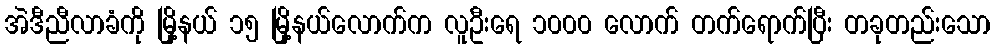
အဲဒီညီလာခံကို မြို့နယ် ၁၅ မြို့နယ်လောက်က လူဦးရေ ၁၀၀၀ လောက် တက်ရောက်ပြီး တခုတည်းသော